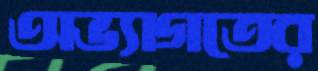
অভ্যাগতের